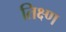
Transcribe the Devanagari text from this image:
तिक्ष्ण